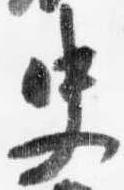
史